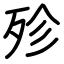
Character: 殄